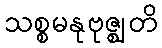
သစ္စမနုဗုဇ္ဈတိ